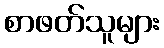
စာဖတ်သူများ